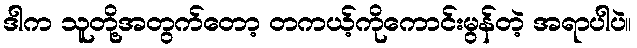
ဒါက သူတို့အတွက်တော့ တကယ့်ကိုကောင်းမွန်တဲ့ အရာပါပဲ။